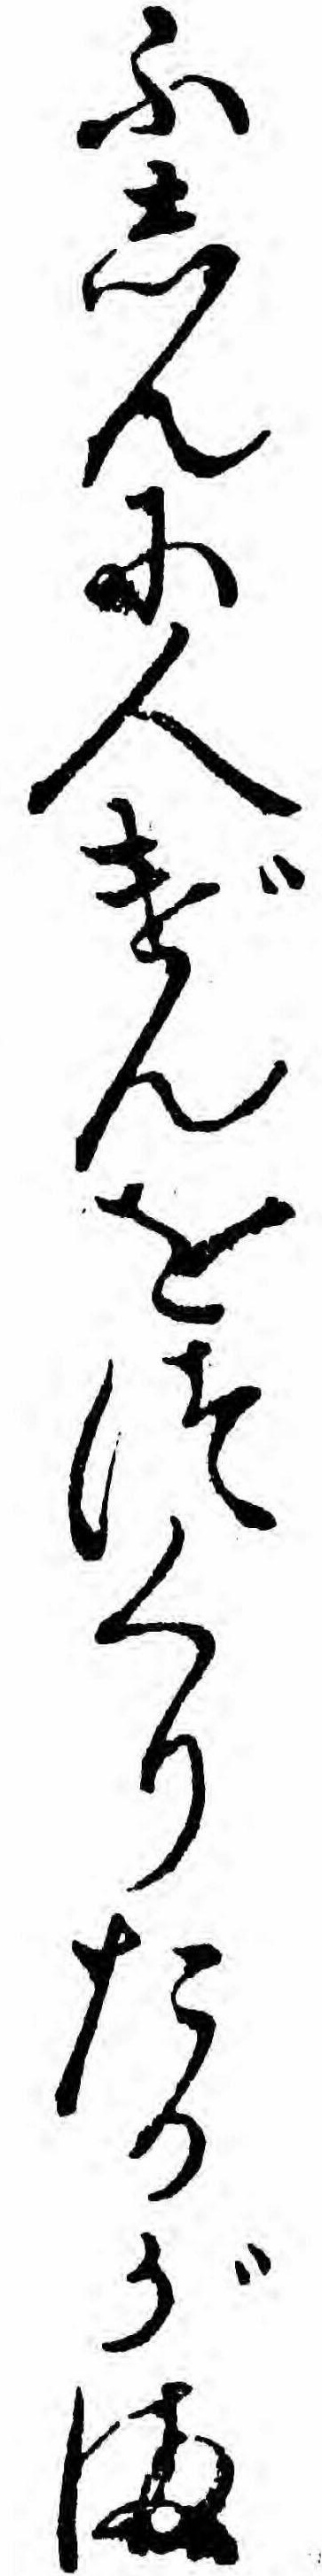
ふしんに人げんをつくりたるがま